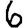
Digit: 6